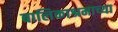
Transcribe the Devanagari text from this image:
बालिकाश्रमाच्या